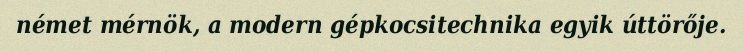
német mérnök, a modern gépkocsitechnika egyik úttörője.